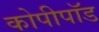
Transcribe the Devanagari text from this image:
कोपीपॉड